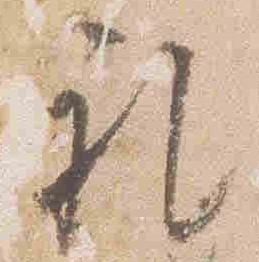
礼